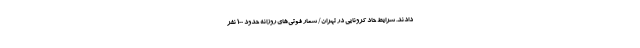
دادند. شرایط حاد کرونایی در تهران/ شمار فوتی‌های روزانه حدود ۱۰۰ نفر